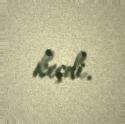
keçdi.